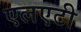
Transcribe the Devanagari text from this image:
एलएटी